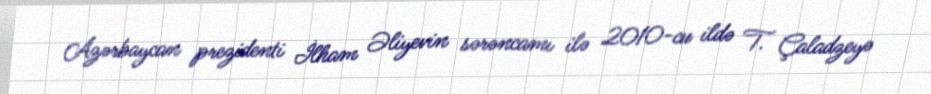
Azərbaycan prezidenti İlham Əliyevin sərəncamı ilə 2010-cu ildə T. Çaladzeyə